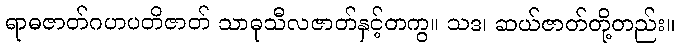
ရာဓဇာတ်ဂဟပတိဇာတ် သာဓုသီလဇာတ်နှင့်တကွ။ သဒ၊ ဆယ်ဇာတ်တို့တည်း။